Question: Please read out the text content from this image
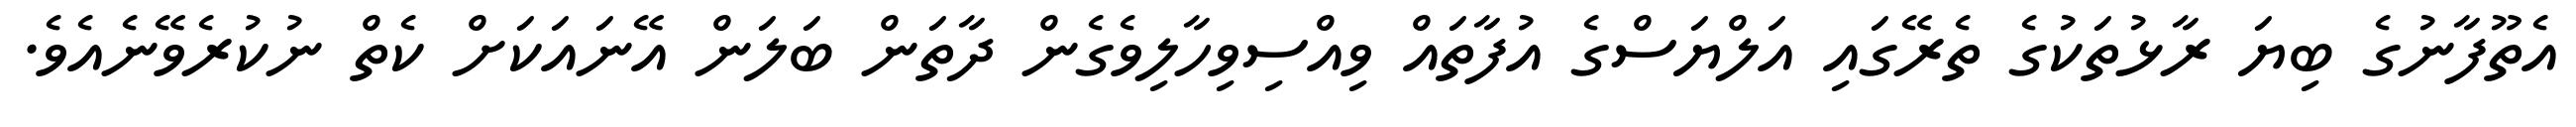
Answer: އެތޫފާނުގެ ބިޔަ ރާޅުތަކުގެ ތެރޭގައި އަލްޔަސްގެ އުފާތައް ވިއްސިވިހާލިވެގެން ދާތަން ބަލަން އޭނައަކަށް ކެތް ނުކުރެވޭނެއެވެ.